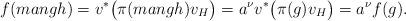
LaTeX: \begin{align*}f(mangh)=v^{*}\big(\pi(mangh)v_{H}\big)=a^{\nu}v^{*}\big(\pi(g)v_{H}\big)=a^{\nu}f(g).\end{align*}